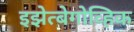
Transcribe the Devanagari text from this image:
इझेत्बेगोव्हिक